Lunatic asylums Bombay report 1891-1903 - 1891-1903
Year: 1891
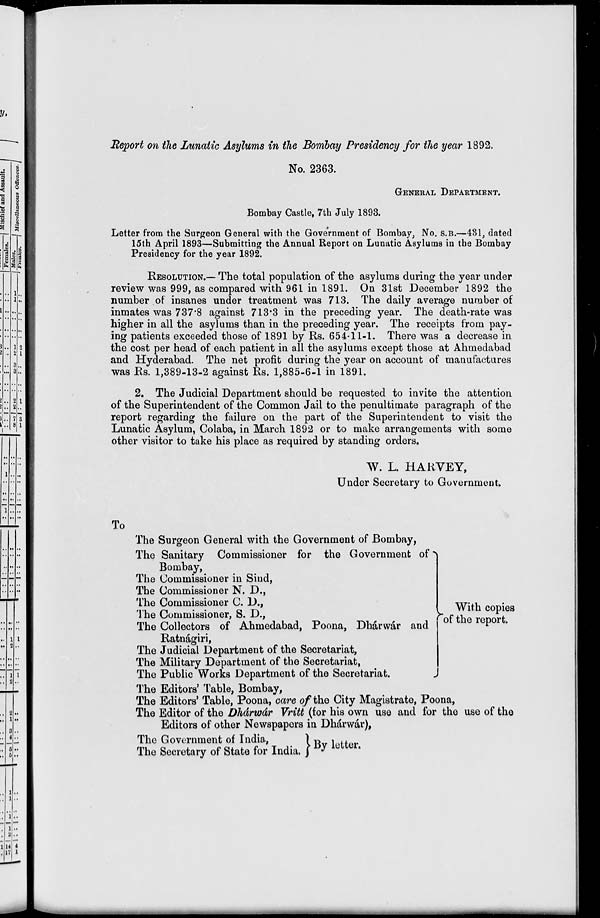
Report on the Lunatic Asylums in the Bombay Presidency for the year 1892.
No. 2363.
GENERAL DEPARTMENT.
Bombay Castle, 7th July 1893.
Letter from the Surgeon General with the Government of Bombay, No. S. B.—431, dated
15th April 1893—Submitting the Annual Report on Lunatic Asylums in the Bombay
Presidency for the year 1892.
RESOLUTION.— The total population of the asylums during the year under
review was 999, as compared with 961 in 1891. On 31st December 1892 the
number of insanes under treatment was 713. The daily average number of
inmates was 737.8 against 713.3 in the preceding year. The death-rate was
higher in all the asylums than in the preceding year. The receipts from pay-
ing patients exceeded those of 1891 by Rs. 654-11-1. There was a decrease in
the cost per head of each patient in all the asylums except those at Ahmedabad
and Hyderabad. The net profit during the year on account of manufactures
was Rs. 1,389-13-2 against Rs. 1,885-6-1 in 1891.
2. The Judicial Department should be requested to invite the attention
of the Superintendent of the Common Jail to the penultimate paragraph of the
report regarding the failure on the part of the Superintendent to visit the
Lunatic Asylum, Colaba, in March 1892 or to make arrangements with some
other visitor to take his place as required by standing orders.
W. L. HARVEY,
Under Secretary to Government.
To
The Surgeon General with the Government of Bombay,
The Sanitary Commissioner for the Government of
Bombay,
The Commissioner in Sind,
The Commissioner N. D.,
The Commissioner C. D.,
The Commissioner, S. D.,
The Collectors of Ahmedabad, Poona, Dhárwár and
Ratnágiri,
The Judicial Department of the Secretariat,
The Military Department of the Secretariat,
The Public Works Department of the Secretariat.
With copies
of the report.
The Editors' Table, Bombay,
The Editors' Table, Poona, care of the City Magistrate, Poona,
The Editor of the Dhárwár Vritt (for his own use and for the use of the
Editors of other Newspapers in Dhárwár),
The Government of India,
The Secretary of State for India.
By letter.